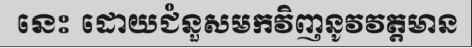
នេះ ដោយជំនួសមកវិញនូវវត្តមាន